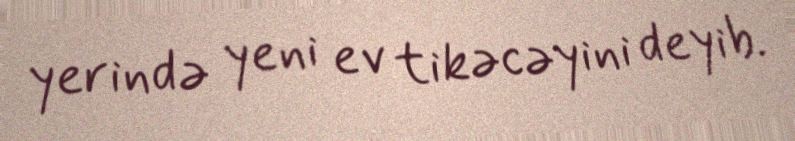
yerində yeni ev tikəcəyini deyib.